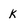
Character: k